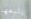
يتبعها